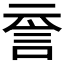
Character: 𧥽